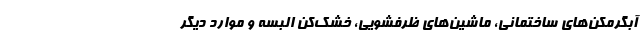
آبگرمکن‌های ساختمانی، ماشین‌های ظرفشویی، خشک‌کن البسه و موارد دیگر